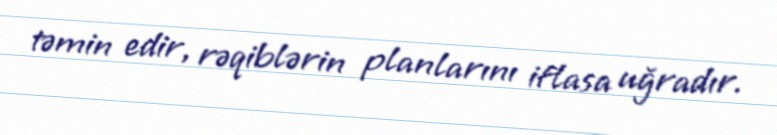
təmin edir, rəqiblərin planlarını iflasa uğradır.